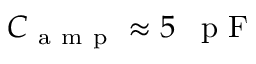
C _ { \mathrm { ~ a ~ m ~ p ~ } } \approx 5 \mathrm { ~ \, ~ p ~ F ~ }